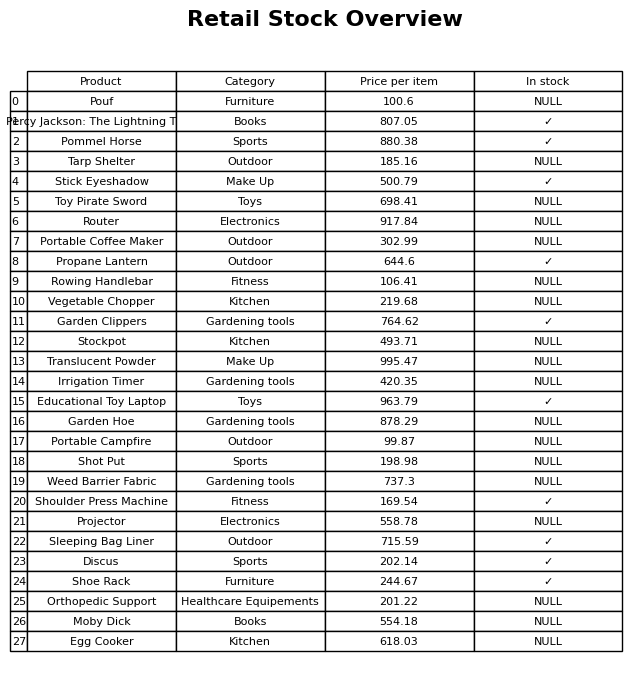
question: What is the price of the Weed Barrier Fabric?
answer: The price of Weed Barrier Fabric is 737.3.